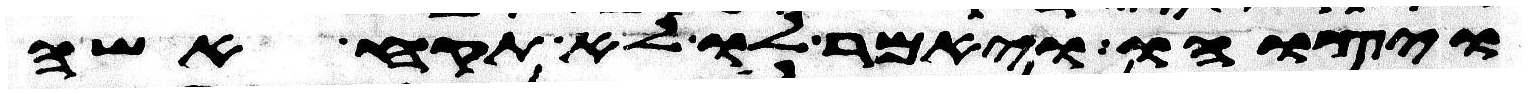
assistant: ויצוהו ויאמר לו לא תקח אשה